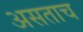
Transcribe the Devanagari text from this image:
असताच